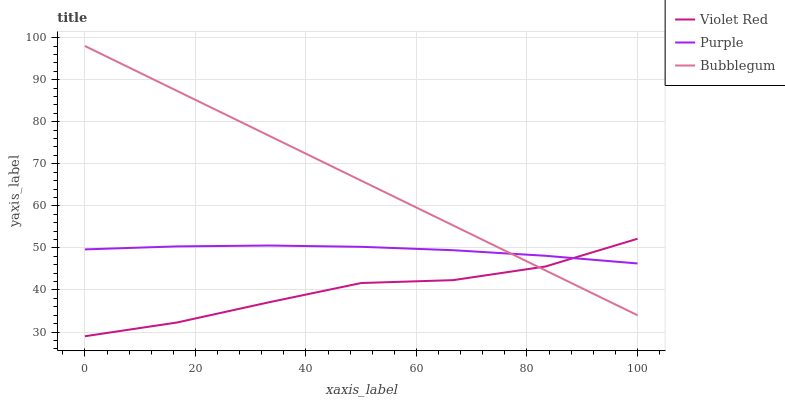
| xaxis_label | Violet Red | Purple | Bubblegum |
 | --- | --- | --- | --- |
 | 0 | 29 | 49.6 | 98 |
 | 16.7 | 32.3 | 50.4 | 87.3 |
 | 33.3 | 37.1 | 50.6 | 76.7 |
 | 50 | 41.7 | 50.3 | 66 |
 | 66.7 | 42.3 | 49.5 | 55.3 |
 | 83.3 | 45.6 | 48.1 | 44.7 |
 | 100 | 52.2 | 46.3 | 34 |